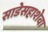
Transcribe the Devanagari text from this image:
साडेसहाशेवा